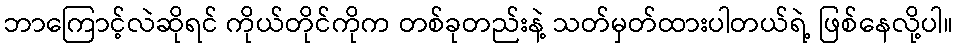
ဘာကြောင့်လဲဆိုရင် ကိုယ်တိုင်ကိုက တစ်ခုတည်းနဲ့ သတ်မှတ်ထားပါတယ်ရဲ့ ဖြစ်နေလို့ပါ။